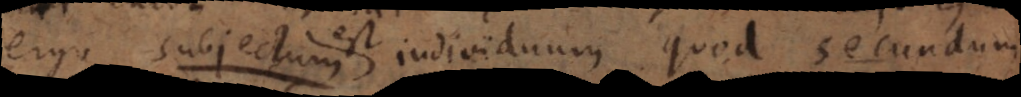
est individuum quod secundum